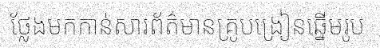
ថ្លែងមកកាន់សារព័ត៌មានគ្រូបង្រៀនឆ្នើមរូប